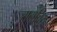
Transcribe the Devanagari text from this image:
रानचिरा